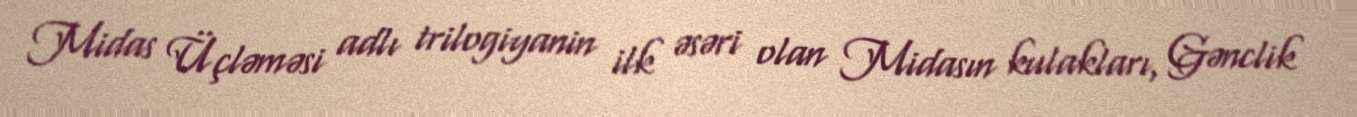
Midas Üçləməsi adlı trilogiyanin ilk əsəri olan Midasın kulakları, Gənclik